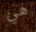
هي